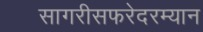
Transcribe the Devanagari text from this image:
सागरीसफरेदरम्यान